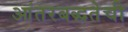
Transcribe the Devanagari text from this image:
आंतरबद्धतेची